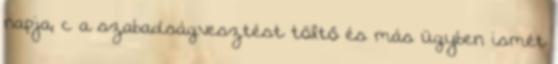
napja; c a szabadságvesztést töltő és más ügyben ismét